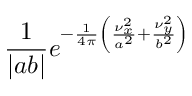
{ \frac { 1 } { | a b | } } e ^ { - { \frac { 1 } { 4 \pi } } \left( { \frac { \nu _ { x } ^ { 2 } } { a ^ { 2 } } } + { \frac { \nu _ { y } ^ { 2 } } { b ^ { 2 } } } \right) }